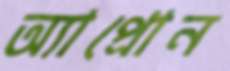
অ্যাপ্রোন